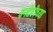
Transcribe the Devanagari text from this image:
वनदेवीच्या